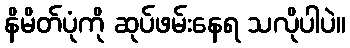
နိမိတ်ပုံကို ဆုပ်ဖမ်းနေရ သလိုပါပဲ။